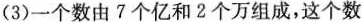
(3)一个数由7个亿和2个万组成，这个数